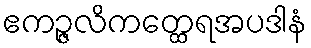
ဧကဉ္ဇလိကတ္ထေရအပဒါနံ